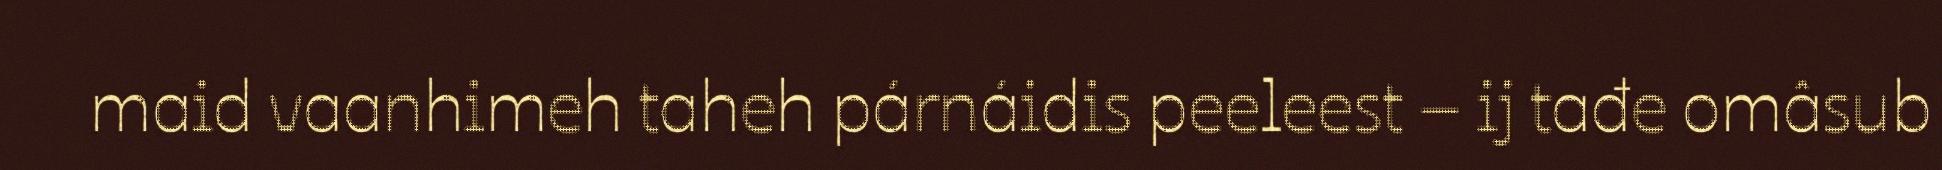
maid vaanhimeh taheh párnáidis peeleest – ij tađe omâsub